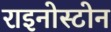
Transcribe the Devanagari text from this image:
राइनोस्टोन